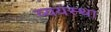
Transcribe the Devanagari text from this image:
व्ययस्था